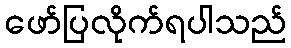
ဖော်ပြလိုက်ရပါသည်